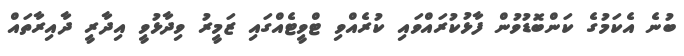
ބުނެ އެކަމުގެ ކަންބޮޑުވުން ފާޅުކުރައްވައި ކުރެއްވި ޓްވީޓެއްގައި ޒަމީރު ވިދާޅުވީ އިދާރީ ދާއިރާތައް